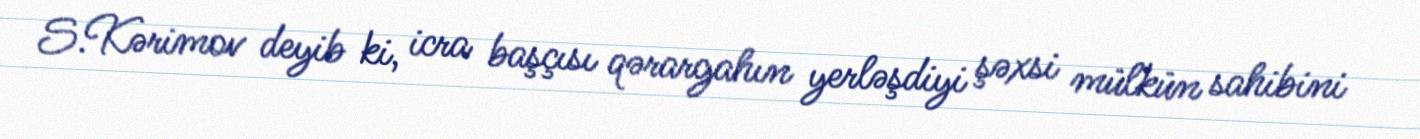
S.Kərimov deyib ki, icra başçısı qərargahın yerləşdiyi şəxsi mülkün sahibini